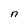
Character: n